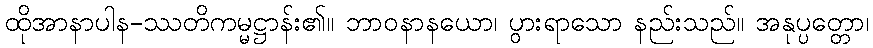
ထိုအာနာပါန-ဿတိကမ္မဋ္ဌာန်း၏။ ဘာဝနာနယော၊ ပွားရာသော နည်းသည်။ အနုပ္ပတ္တော၊